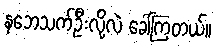
နဘေသက်ဦးလို့လဲ ခေါ်ကြတယ်။